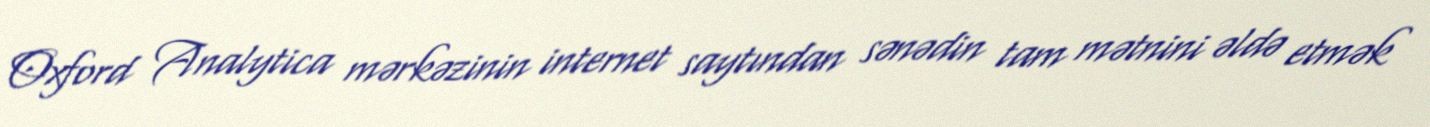
Oxford Analytica mərkəzinin internet saytından sənədin tam mətnini əldə etmək